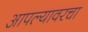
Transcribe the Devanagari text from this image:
आपल्यावरचा